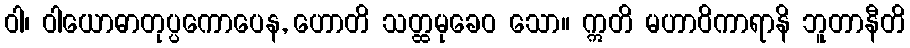
ဝါ၊ ဝါယောဓာတုပ္ပကောပေန, ဟောတိ သတ္ထမုခေဝ သော။ ဣတိ မဟာဝိကာရာနိ ဘူတာနီတိ